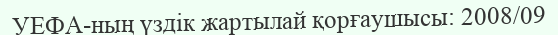
УЕФА-ның үздік жартылай қорғаушысы: 2008/09